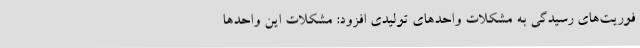
فوریت‌های رسیدگی به مشکلات واحدهای تولیدی افزود: مشکلات این واحدها